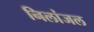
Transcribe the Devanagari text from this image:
निलांजल